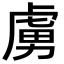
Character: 虜